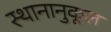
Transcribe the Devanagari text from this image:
स्थानानुकूल